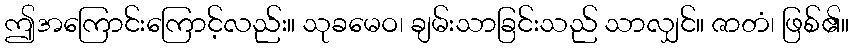
ဤအကြောင်းကြောင့်လည်း။ သုခမေဝ၊ ချမ်းသာခြင်းသည် သာလျှင်။ ဇာတံ၊ ဖြစ်၏။